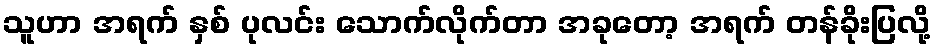
သူဟာ အရက် နှစ် ပုလင်း သောက်လိုက်တာ အခုတော့ အရက် တန်ခိုးပြလို့